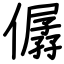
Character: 僝